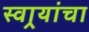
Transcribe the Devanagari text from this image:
स्वार्‍यांचा